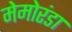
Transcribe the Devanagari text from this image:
मेमोरंडा